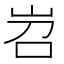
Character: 岧